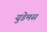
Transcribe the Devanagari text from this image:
युडेमस